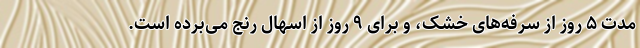
مدت ۵ روز از سرفه‌های خشک، و برای ۹ روز از اسهال رنج می‌برده است.